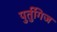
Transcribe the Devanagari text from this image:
पुर्तुगिज